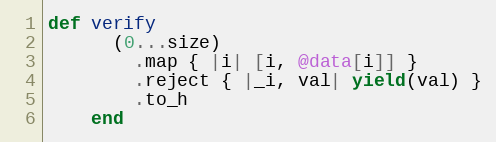
Language: Ruby
def verify
      (0...size)
        .map { |i| [i, @data[i]] }
        .reject { |_i, val| yield(val) }
        .to_h
    end